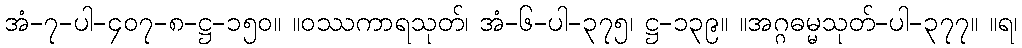
အံ-၇-ပါ-၄၀၇-၈-ဋ္ဌ-၁၅၀။ ။ဝဿကာရသုတ်၊ အံ-၆-ပါ-၃၇၅၊ ဋ္ဌ-၁၃၉။ ။အဂ္ဂဓမ္မသုတ်-ပါ-၃၇၇။ ။ရ၊